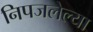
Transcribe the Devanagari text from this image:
निपजलेल्या